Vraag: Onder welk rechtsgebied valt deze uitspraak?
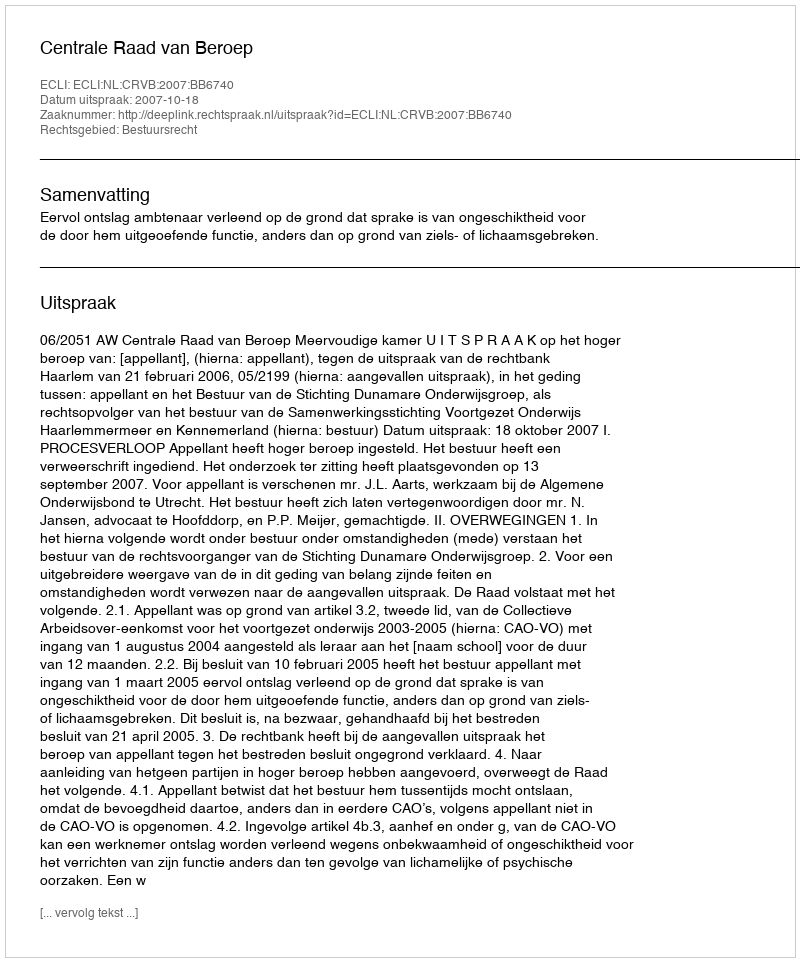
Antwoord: Bestuursrecht